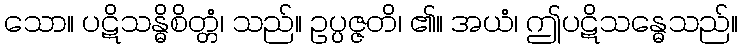
သော။ ပဋိသန္ဓိစိတ္တံ၊ သည်။ ဥပ္ပဇ္ဇတိ၊ ၏။ အယံ၊ ဤပဋိသန္ဓေသည်။